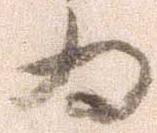
為